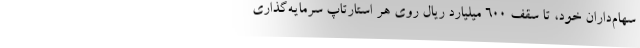
سهام‌داران خود، تا سقف ۶۰۰ میلیارد ریال روی هر استارتاپ سرمایه‌گذاری